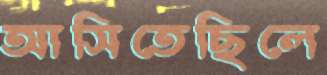
আসিতেছিলে